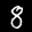
Label: 8